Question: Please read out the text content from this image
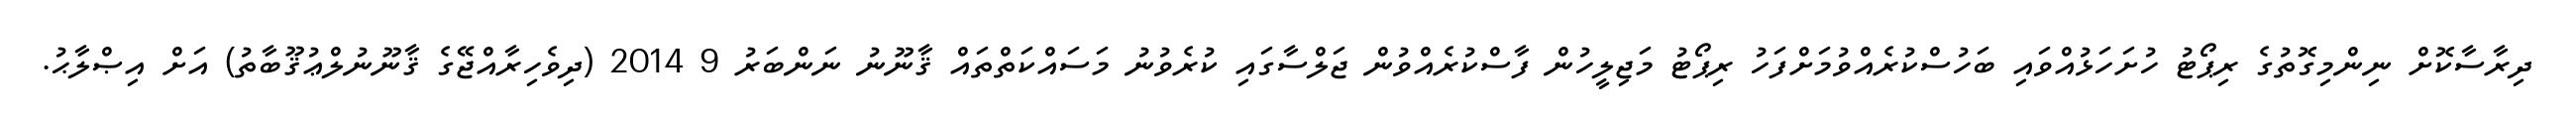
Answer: ދިރާސާކޮށް ނިންމިގޮތުގެ ރިޕޯޓު ހުށަހަޅުއްވައި ބަހުސްކުރެއްވުމަށްފަހު ރިޕޯޓު މަޖިލީހުން ފާސްކުރެއްވުން ޖަލްސާގައި ކުރެވުނު މަސައްކަތްތައް ޤާނޫނު ނަންބަރު 9 2014 (ދިވެހިރާއްޖޭގެ ޤާނޫނުލްޢުޤޫބާތު) އަށް އިޞްލާޙު.